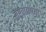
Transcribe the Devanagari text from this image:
राष्ट्रवाद्यांच्या